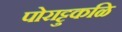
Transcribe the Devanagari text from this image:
पोराट्टुकळि